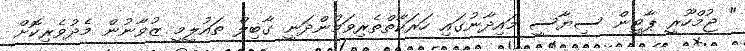
" ޖުމްހޫރީ ޕާޓީން ސިޔާސީ މައިދާނުގައި ހަރަކާތްތެރިވަމުންދަނީ ގާބިލް ތައުލީމީ ޒުވާނުން މެދުވެރިކޮށް